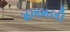
મખમલી